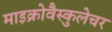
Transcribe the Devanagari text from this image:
माइक्रोवैस्कुलेचर